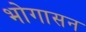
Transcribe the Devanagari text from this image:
भोगासन